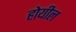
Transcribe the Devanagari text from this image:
होयील